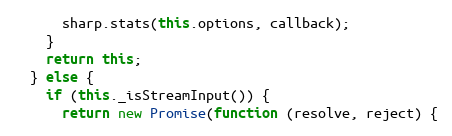
Language: JavaScript
      sharp.stats(this.options, callback);
    }
    return this;
  } else {
    if (this._isStreamInput()) {
      return new Promise(function (resolve, reject) {